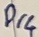
Text: P14